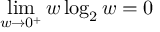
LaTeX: \operatorname* { l i m } _ { w \to 0 ^ { + } } w \log _ { 2 } w = 0